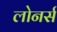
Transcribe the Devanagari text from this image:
लोनर्स